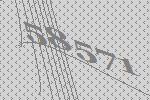
58571